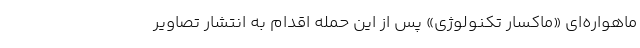
ماهواره‌ای «ماکسار تکنولوژی» پس از این حمله اقدام به انتشار تصاویر